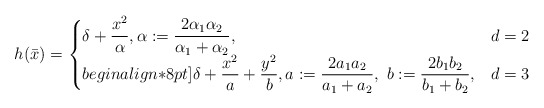
\begin{align*} h(\bar{x})=\begin{cases}\displaystyle \delta+\frac{x^2}{\alpha}, \alpha:=\frac{2\alpha_1\alpha_2}{\alpha_1+\alpha_2}, & d=2\\begin{align*}8pt]\displaystyle \delta+\frac{x^2}{a}+\frac{y^2}{b}, a:=\frac{2a_1a_2}{a_1+a_2},~ b:=\frac{2b_1b_2}{b_1+b_2}, & d=3\end{cases}\end{align*}